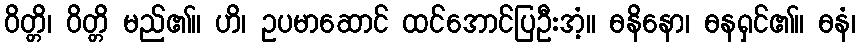
ဝိတ္တိ၊ ဝိတ္တိ မည်၏။ ဟိ၊ ဥပမာဆောင် ထင်အောင်ပြဦးအံ့။ ဓနိနော၊ ဓနရှင်၏။ ဓနံ၊